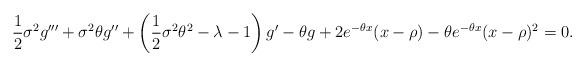
LaTeX: \begin{align*}{1\over 2}\sigma^2g''' + \sigma^2\theta g'' +\left({1\over 2}\sigma^2\theta^2 -\lambda-1\right)g'-\theta g + 2 e^{-\theta x}(x-\rho)-\theta e^{-\theta x}(x-\rho)^2 =0.\end{align*}